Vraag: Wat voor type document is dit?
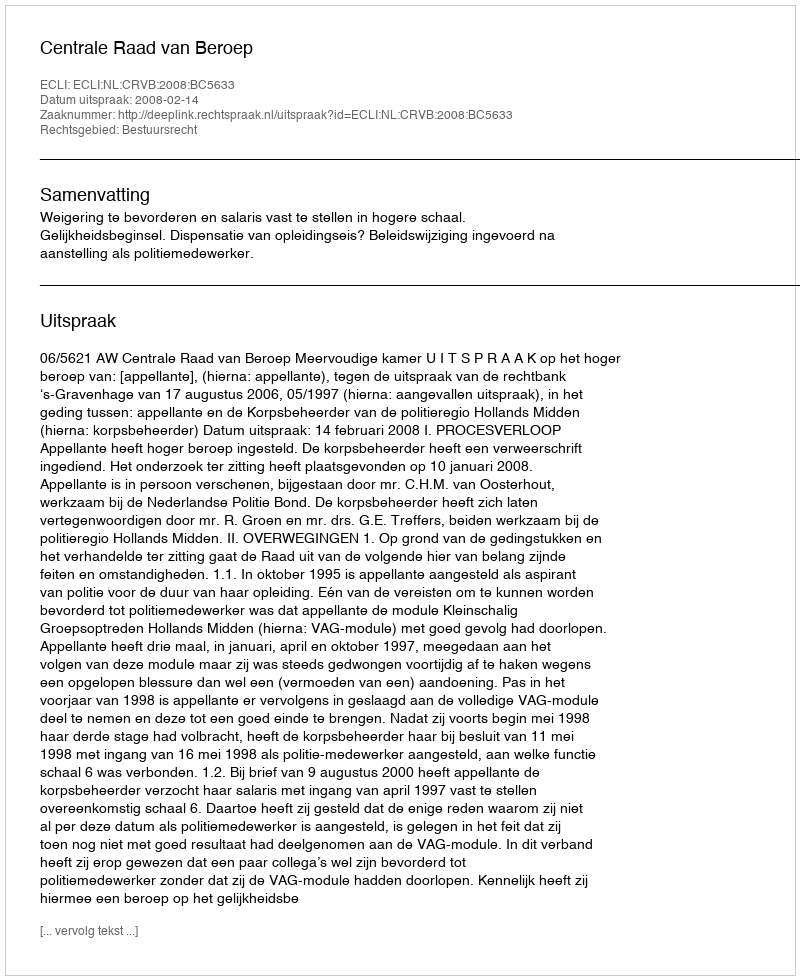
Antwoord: Uitspraak